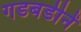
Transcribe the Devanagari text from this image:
गडबडीनें